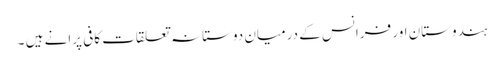
ہندوستان اور فرانس کے درمیان دوستانہ تعلقات کافی پرانے ہیں ۔